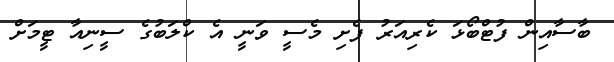
ބާސާއިން ފުޓްބޯޅަ ކެރިއަރު ފެށި މެސީ ވަނީ އެ ކްލަބުގެ ސީނިއާ ޓީމަށް